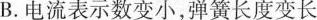
B.电流表示数变小，弹簧长度变长